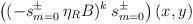
LaTeX: \begin{align*}\left((-s^\pm_{m=0} \:\eta_R B)^k \:s^\pm_{m=0} \right)(x,y) \end{align*}